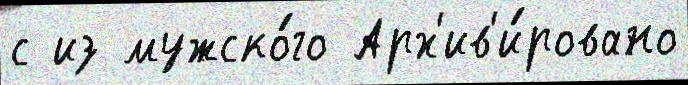
с из мужско́го Арх'ив'и́ровано